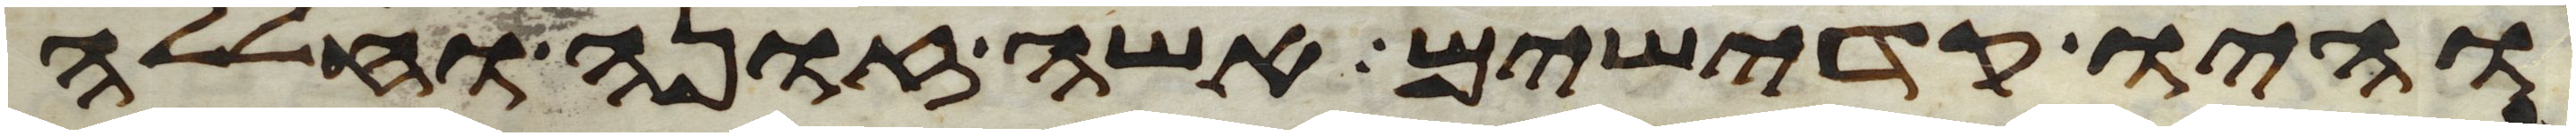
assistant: והיו קדישים אשה זונה וחללה